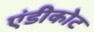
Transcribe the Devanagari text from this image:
एंडीकोट